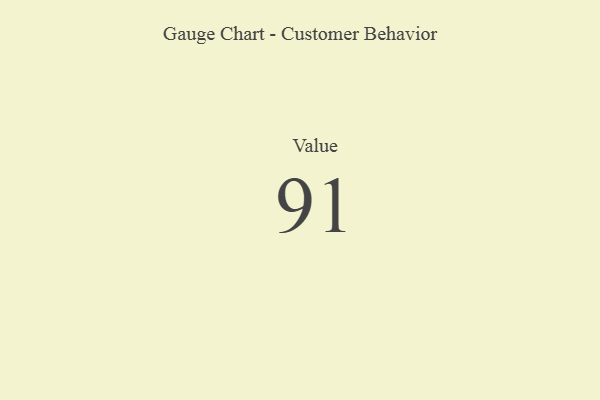
{"axis": {"x": "Metric", "y": "Value"}, "legend": [""], "data": [{"x": "Value", "y": 91, "type": ""}]}